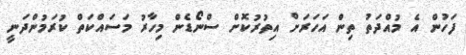
ފަހުން އެ މުއްދަތު ތިން އަހަރަށް އިތުރުކޮށް ސްނޯޑެން މިހާރު މަސައްކަތް ކުރަމުންދަނީ